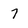
Character: 7